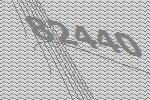
82440